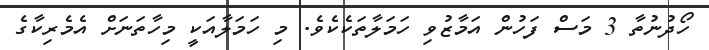
ހޯދުނުތާ 3 މަސް ފަހުން އަމާޒުވި ހަމަލާތަކެކެވެ. މި ހަމަލާއަކީ މިހާތަނަށް އެމެރިކާގެ